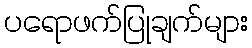
ပရောဖက်ပြုချက်များ